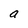
Character: a